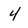
Character: 4